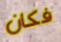
فكان